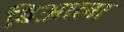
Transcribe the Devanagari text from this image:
बिआला